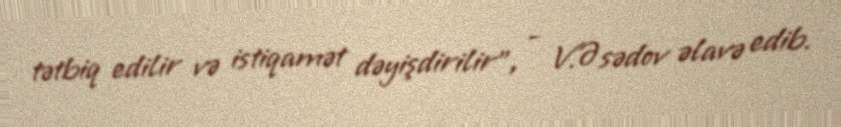
tətbiq edilir və istiqamət dəyişdirilir", - V.Əsədov əlavə edib.